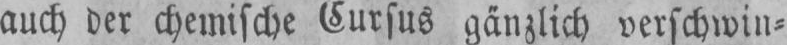
auch der chemische Cursus gänzlich verschwin⸗